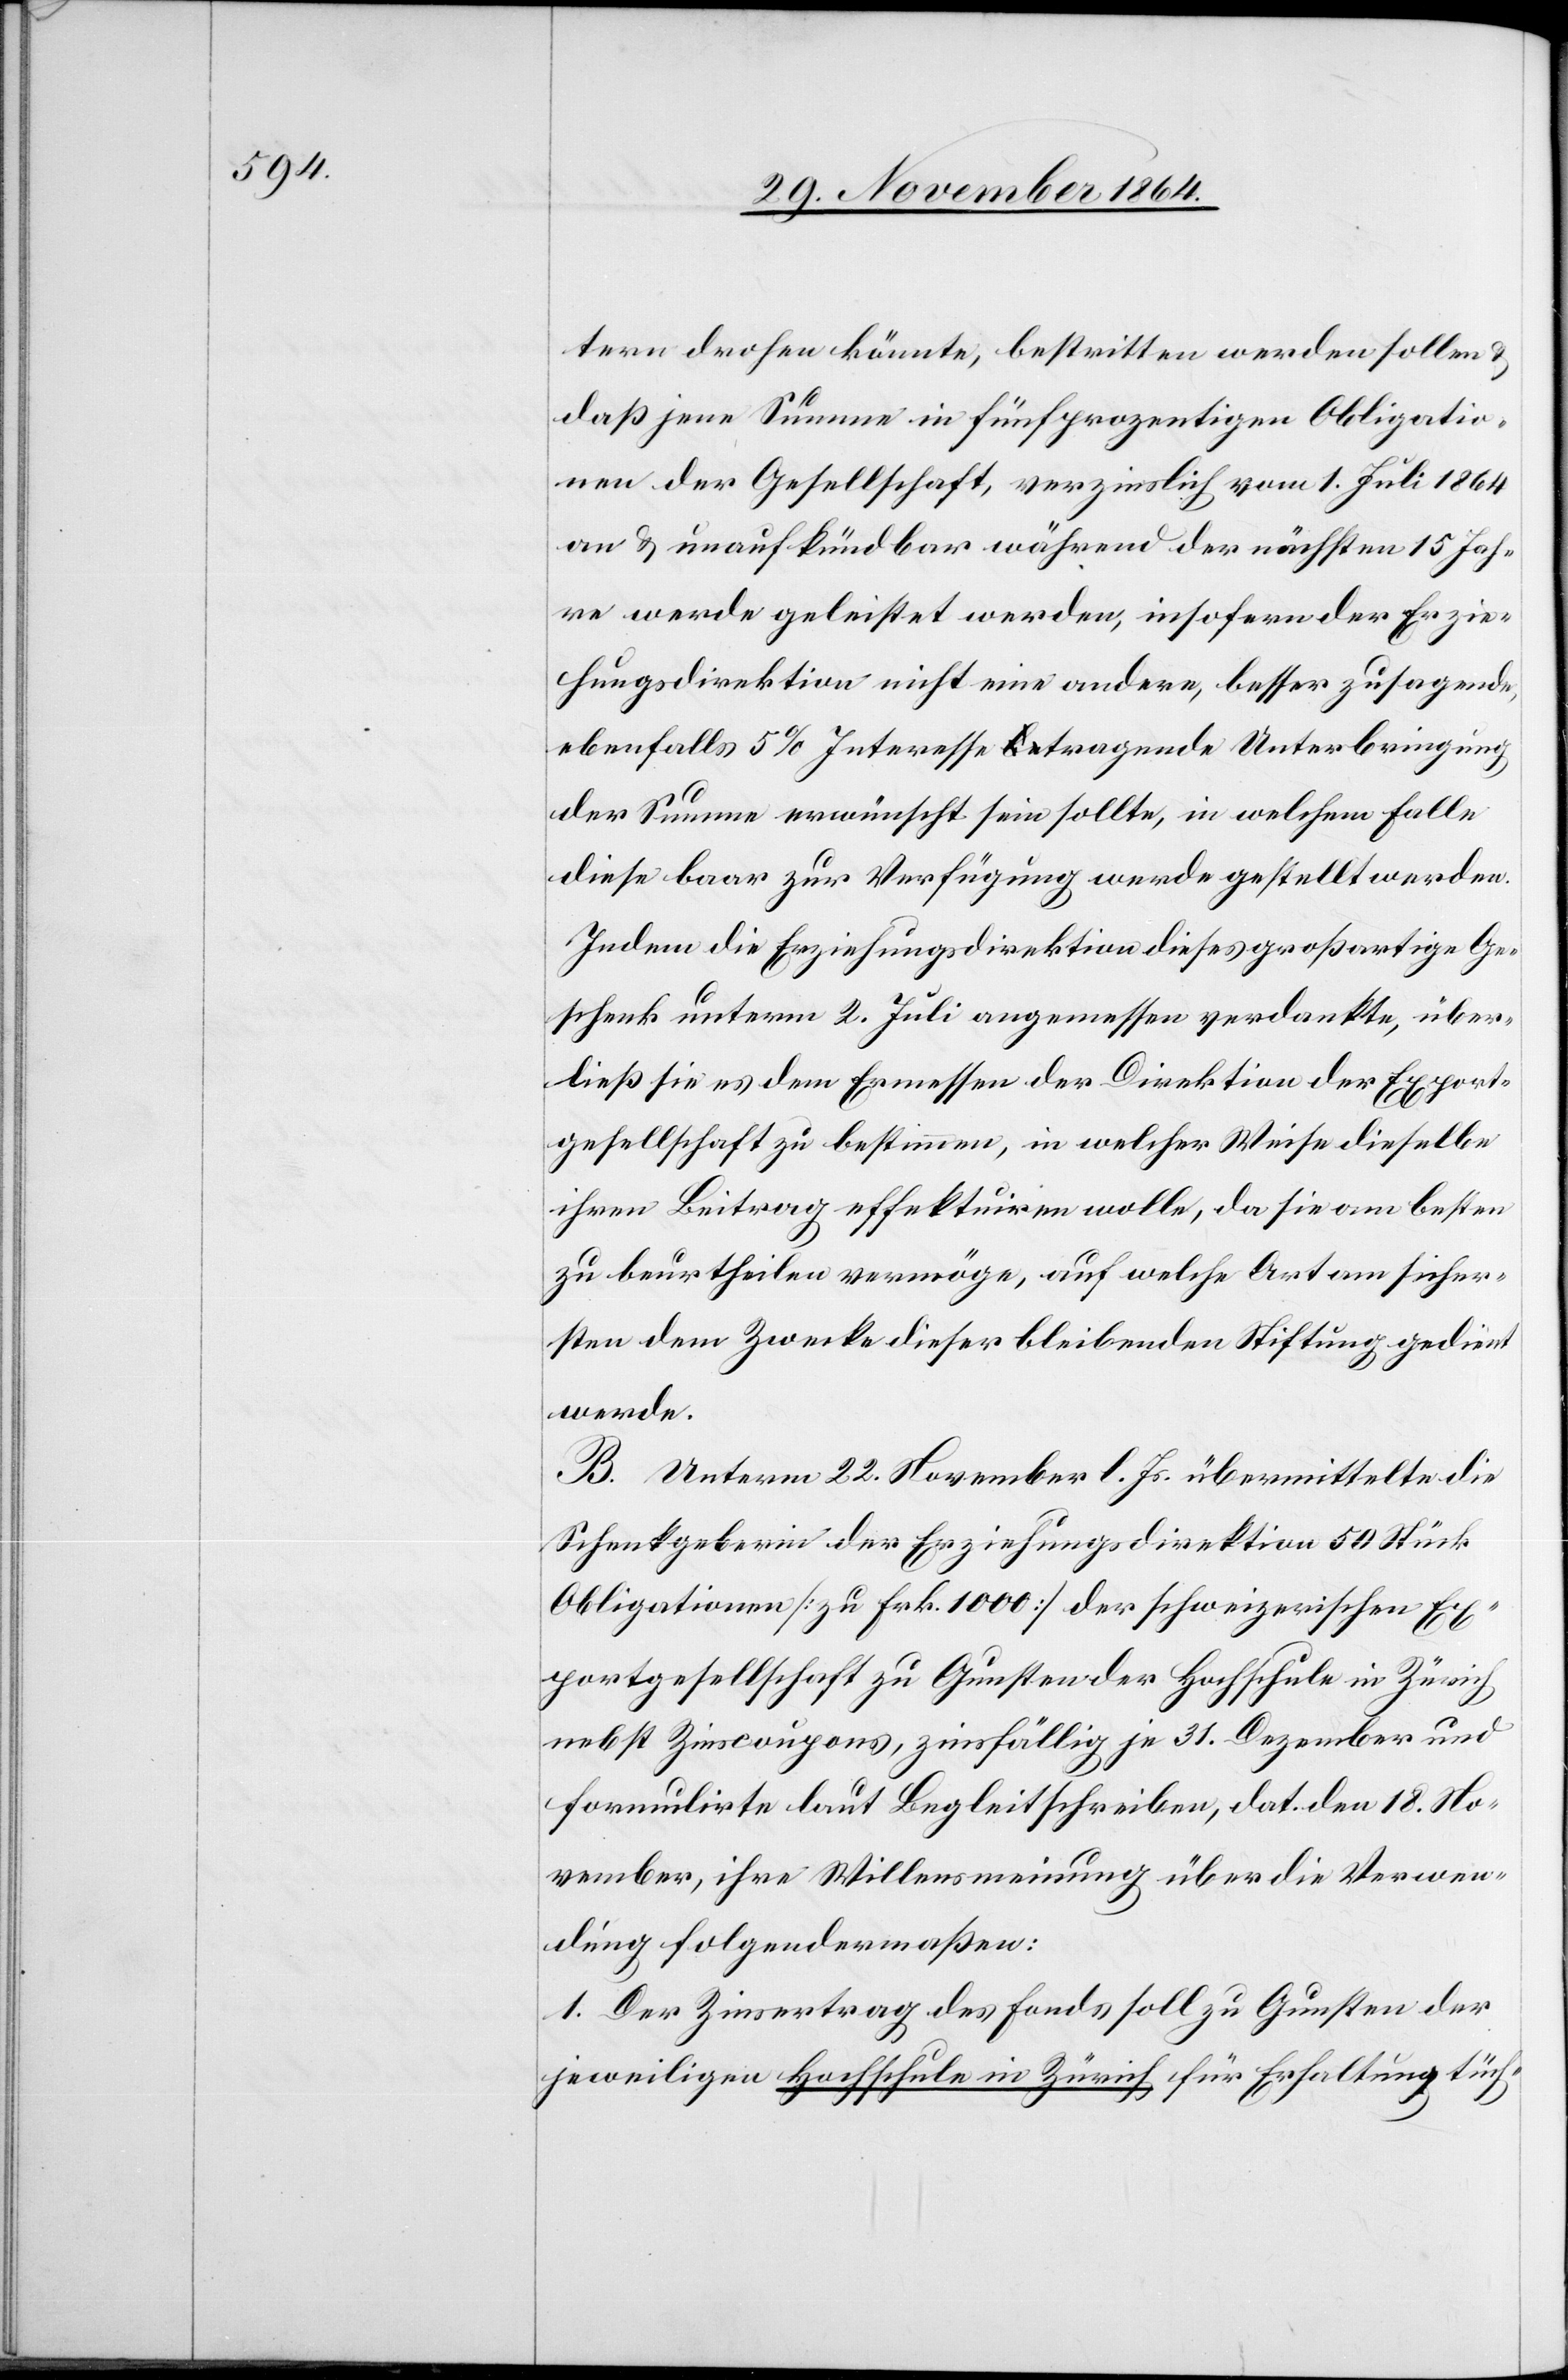
tern drohen könnte, bestritten werden sollen &
daß jene Summe in fünfprozentigen Obligatio¬
nen der Gesellschaft, verzinslich vom 1. Juli 1864
an & unaufkündbar während der nächsten 15 Jah¬
re werde geleistet werden, insofern der Erzie¬
hungsdirektion nicht eine andere, besser zusagende
ebenfalls 5% Interesse a-be-atragende Unterbringung
der Summe erwünscht sein sollte, in welchem Falle
diese baar zur Verfügung werde gestellt werden.
Indem die Erziehungsdirektion dieses großartige Ge¬
schenk unterm 2. Juli angemessen verdankte, über¬
ließ sie es dem Ermessen der Direktion der Export¬
gesellschaft zu bestimmen, in welcher Weise dieselbe
ihren Beitrag effektuiren wolle, da sie am besten
zu beurtheilen vermöge, auf welche Art am sicher¬
sten dem Zwecke dieser bleibenden Stiftung gedient
werde.
B. Unterm 22. November l. Js. übermittelte die
Schenkgeberin der Erziehungsdirektion 50 Stück
Obligationen [zu Frk. 1000] der schweizerischen Ex¬
portgesellschaft zu Gunsten der Hochschule in Zürich
nebst Zinscoupons, zinsfällig je 31. Dezember und
formulierte laut Begleitschreiben, dat. den 18. No¬
vember, ihre Willensmeinung über die Verwen¬
dung folgendermaßen:
1. Der Zinsertrag des Fonds soll zu Gunsten der
jeweiligen Hochschule in Zürich für Erhaltung tüch-